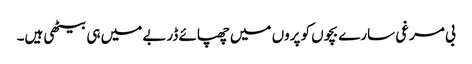
بی مرغی سارے بچوں کو پروں میں چھپائے ڈربے میں ہی بیٹھی ہیں۔